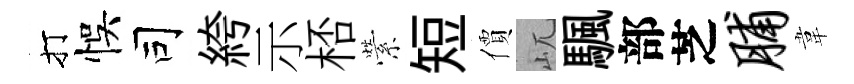
打悞司絝示桮縈短價屼颿部芝脯韋